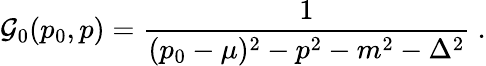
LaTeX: {\cal G}_{0}(p_{0},p)={\frac{1}{(p_{0}-\mu)^{2}-p^{2}-m^{2}-\Delta^{2}}}~.